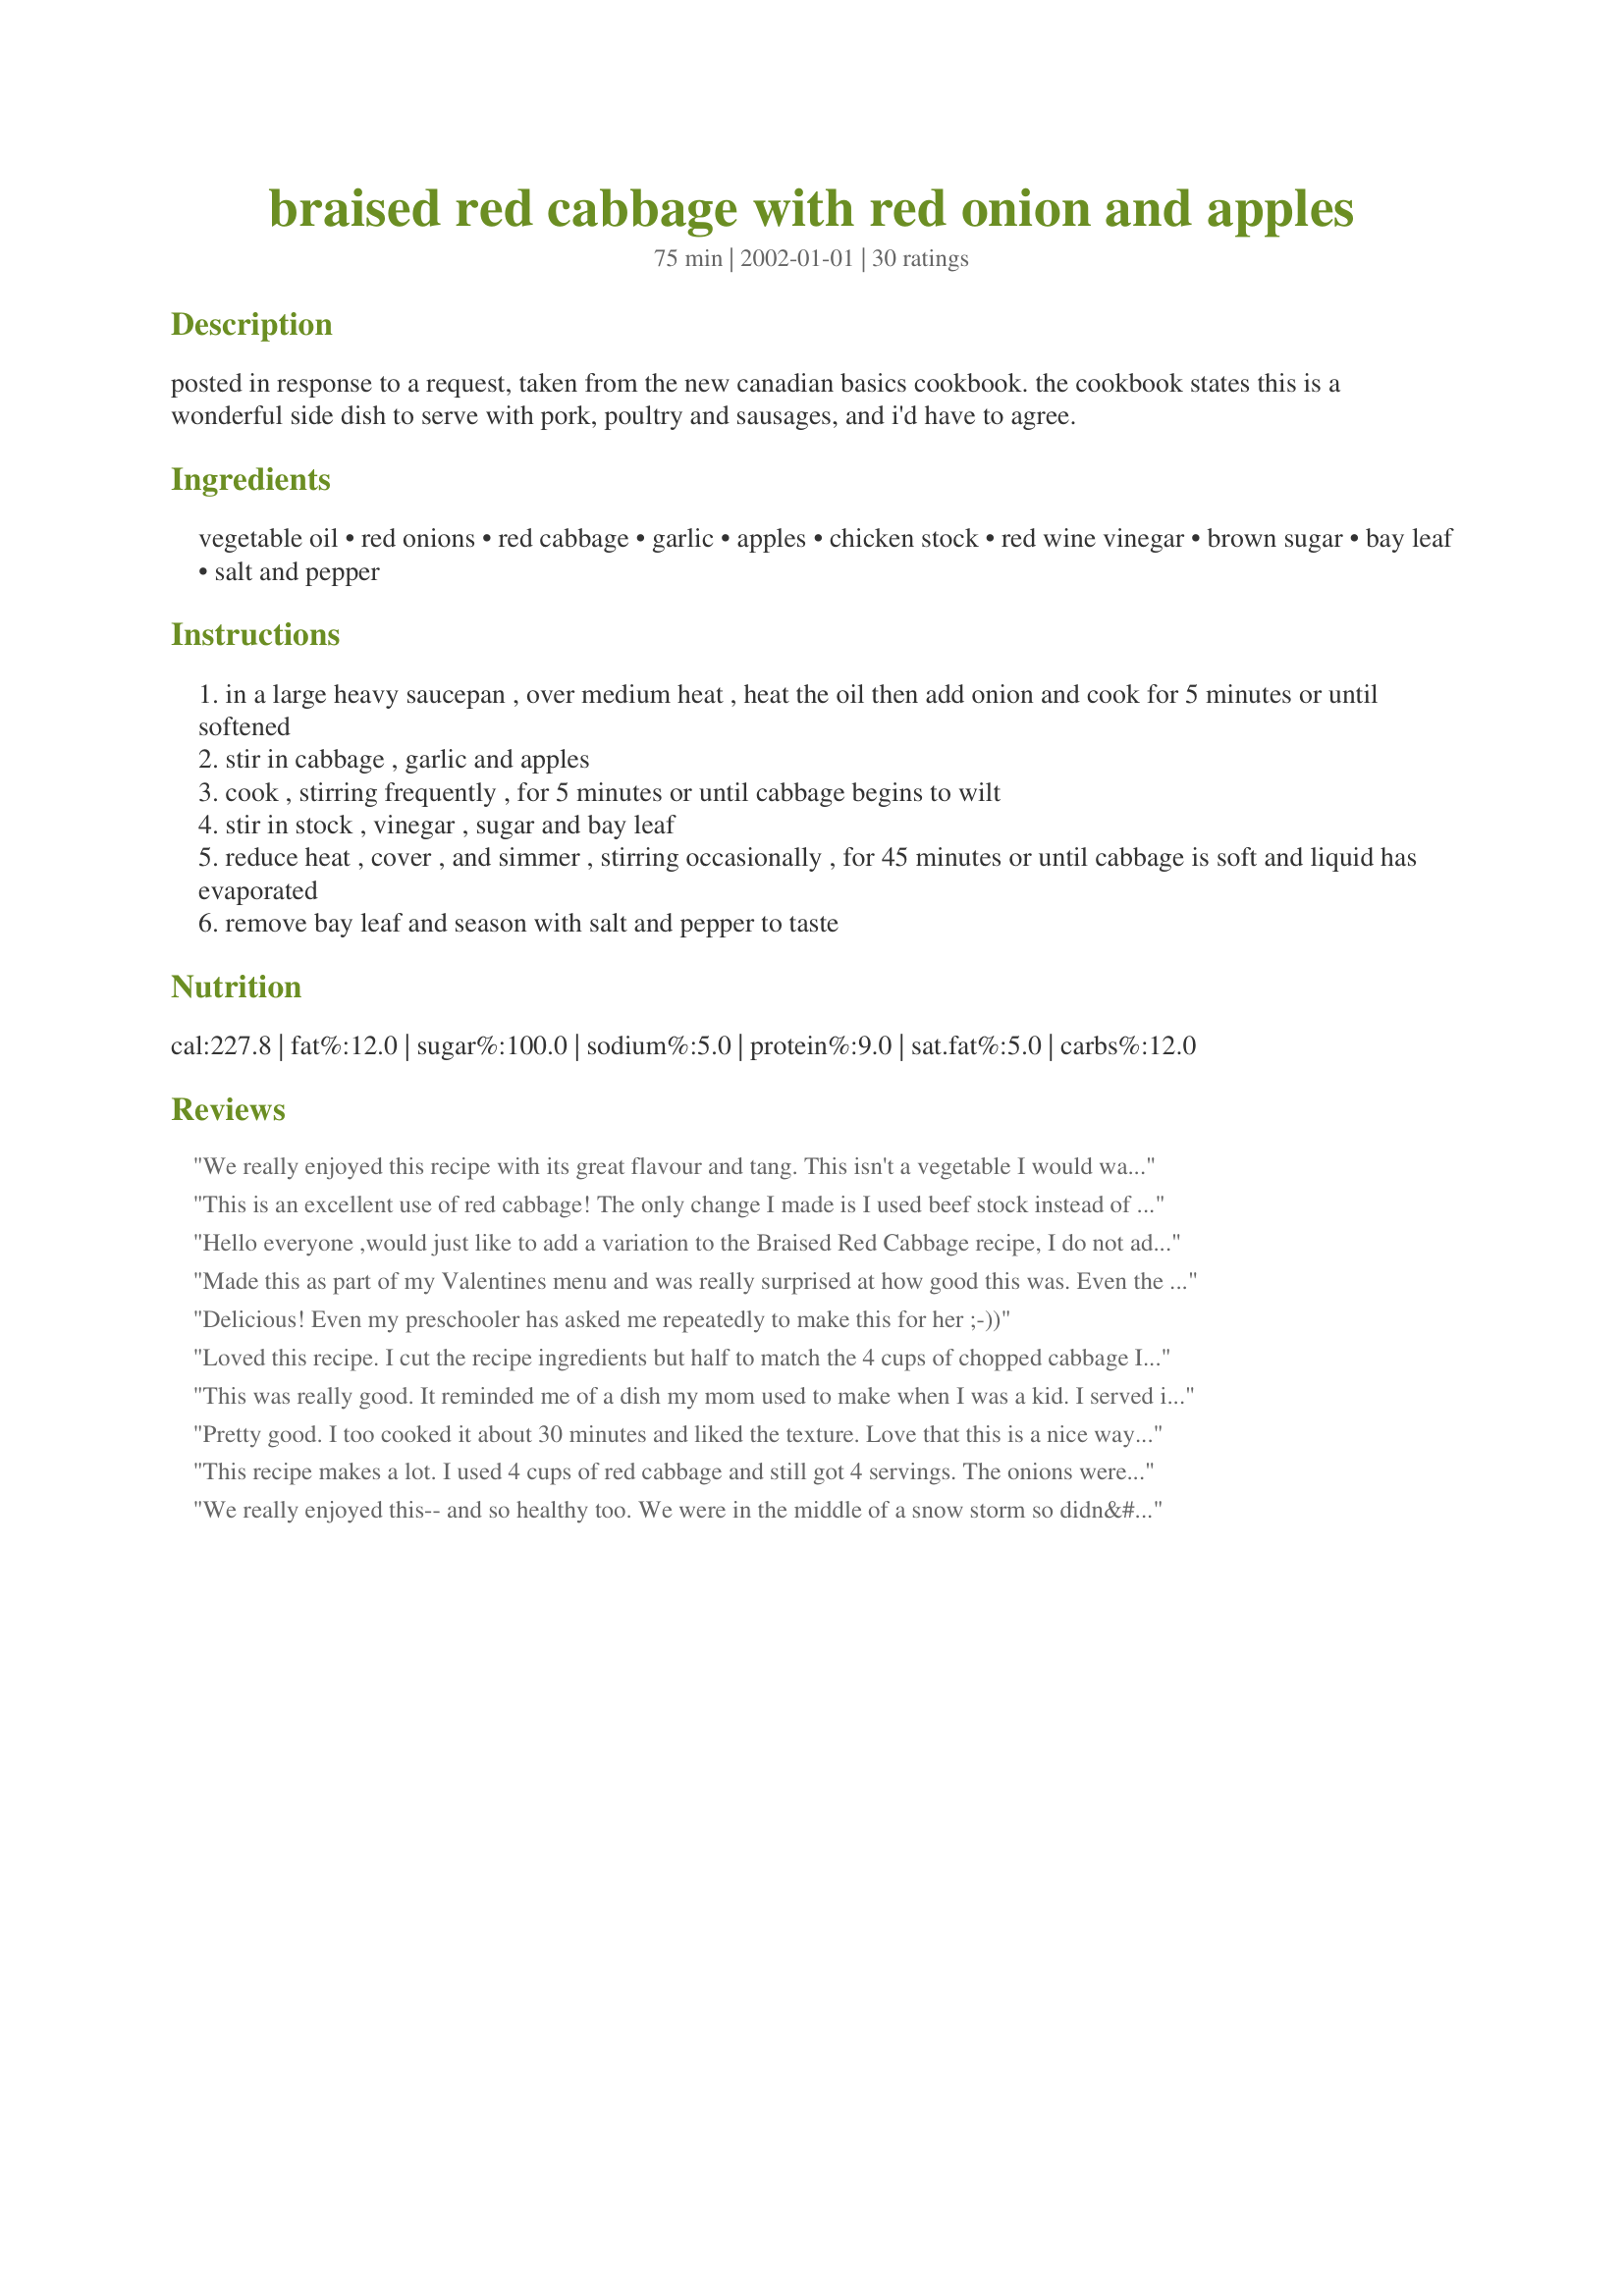
braised red cabbage with red onion and apples
Preparation time: 75 minutes

posted in response to a request, taken from the new canadian basics cookbook. the cookbook states this is a wonderful side dish to serve with pork, poultry and sausages, and i'd have to agree.

Ingredients:
vegetable oil, red onions, red cabbage, garlic, apples, chicken stock, red wine vinegar, brown sugar, bay leaf, salt and pepper

Steps:
in a large heavy saucepan , over medium heat , heat the oil then add onion and cook for 5 minutes or until softened
stir in cabbage , garlic and apples
cook , stirring frequently , for 5 minutes or until cabbage begins to wilt
stir in stock , vinegar , sugar and bay leaf
reduce heat , cover , and simmer , stirring occasionally , for 45 minutes or until cabbage is soft and liquid has evaporated
remove bay leaf and season with salt and pepper to taste

Reviews:
We really enjoyed this recipe with its great flavour and tang. This isn't a vegetable I would want to have every week but we certainly enjoyed the red cabbage.
This is an excellent use of red cabbage! The only change I made is I used beef stock instead of chicken (it's what we had on hand).
Thank you for posting!
Hello everyone ,would just like to add a variation to the Braised Red Cabbage recipe, I do not add garlic but I add to your taste peeled and diced green apple and the same with cranberry jam the amount varies with your taste ,if its too tarte add some sugar ,braise all the ingredients in a heavy based saucepan this includes the shredded red cabbage -diced green apples-cranberry jam -spanish onion,braise till all is tender if there is a little too much liquid I thicken with a small amount of cornflour ,give it a try and you will be amazed with the result I&#039;ve used this in my chef kitchen for years ,ps season as required thanks ---Nev D.
Made this as part of my Valentines menu and was really surprised at how good this was. Even the kids loved it which is saying something.
Delicious! Even my preschooler has asked me repeatedly to make this for her ;-))
Loved this recipe. I cut the recipe ingredients but half to match the 4 cups of chopped cabbage I had on hand. I used green cabbage and I added 1 large carrot, shreaded to the dish along with the onion. I found that the cook time, as listed, was way too long as mine was done in under 20 minutes.
This was really good. It reminded me of a dish my mom used to make when I was a kid. I served it with leftover turkey but next time will be with a pork roast or sausages. Good recipe!
Pretty good. I too cooked it about 30 minutes and liked the texture. Love that this is a nice way to get a red/purple veggie in your diet. Thanks for sharing!
This recipe makes a lot. I used 4 cups of red cabbage and still got 4 servings. The onions were thinly sliced and the apple was washed and cored but the skin left on. The dish was cooked for about 30 minutes with some bite left in the cabbage. The dish has a touch of sweetness which went really well with Recipe #137575. I plan on making this again.
We really enjoyed this-- and so healthy too. We were in the middle of a snow storm so didn&#039;t have apples so I used dried cranberries and dried prunes diced up. Came out well. I will make this again. Thank you.
This was simply fabulous! My husband and I are on the South Beach Diet (Phase one) and I made this for super tonight. I omitted the fruit since we are not allowed to have any yet and replaced the sugar with Splenda. Super Yummy! Definately a keeper! Can't wait to try this with apples!
This is delicious. I used yellow onion as this is all I had, and it worked well.
I made this recipe as posted, and found it to be a bit bland for my family. I searched my fridge and found some cranberry salsa, added another apple, a bit more splenda , and voila a delicious dish Thanks so much for the basic recipe.We will be enjoying this dish for a longtime to come. With the cranberries it could make it to the Thanksgiving table.
this was really good, though i did make a few ingredient changes. i have a thing against red cabbage, not sure why, but i used green cabbage and sweet onion. i also used 1T veg oil and 1T bacon drippings. used cider vinegar, but will probably use the red wine vinegar next time (maybe a little less too), as well as omit sugar. not sure if it has to do w/ the cabbage choice, but it's just too sweet for me. Overall very good though and i'll definitely make it again, maybe make a meal out of it by adding in some of my homemade sausages. MMMmmmmm..... :)
This came out great! I followed the recipe exactly and it was wonderful!!! Thanks.
This is a great recipe - only change I made was adding a couple of pieces of crumbled bacon - my sister-in-law used to make it many years ago and she used bacon with a little pit of bacon grease (today that's probably not a good idea)! Oh, and try adding balsemic vinegar in place of the red wine - gives it a better sweet/sour taste. Anyway, my husband loved it - we ate all of it in one sitting!!!!
i didn't have any apples or red wine vinegar, so what i used instead was cider vinegar. i also used molasses instead of sugar.

it was SOOO good. i made it for 4 and have left overs. can't wait to eat it again.
Not normally my favorite dish (just not a big red cabbage fan), but I still enjoyed it. My other half ate it up and asked for seconds.
This recipe filled the kitchen with fabulous aromas,looked great in the serving dish and is a big taste hit with our family. Didn't have bay leaf so we used caraway seeds instead which worked great. thanks!
This is a great basic recipe! Lots of substitutions are possible. I added extra apples for sweetness instead of sugar. Also used apple cider vinegar. It made me think of Germany. Next time I&#039;ll add 1/4 to 1/2 tsp each of ground cloves, nutmeg, and cinnamon. Served it with half whole wheat/half white flour Spaetzle dumplings and chicken bratwurst.
My daughter wanted to make this dish after having something similar at Oktoberfest at Busch Gardens. Even the family members who don&#039;t like sauerkraut enjoyed it! Very easy to prepare...once all the chopping is done. :) Thanks for sharing it!
Pretty darn good
I used Splenda and bacon fat. Next time try a bit of soy sauce. That livens it up a bit and enhances the cabbage flavor
I love this side dish! I have to admit that I used the regular green cabbage as I had a ton of it but it didn't seem to affect the quality of the recipe! I made enough for 2 and both DH and I agreed that it was delicious. Very easy instructions and simple ingredients make a great dish! Thanks Lennie....I've put this in my repeat file !
This was really good and easy. I had it as a side dish to the Chipotle Pork Roast. It was a tasty combination. It would be good with any pork roast. I will definately keep this one.
I halved this recipe with good success and found that it had the perfect balance of sweet and sour. The only change I made was to cut back on the oil without a problem. Thank you Lenny for sharing the recipe.
This was fantastic! I made a crock pot version about a week or so ago.. but I wanted to try this since I didnt have all day. This came out fabulous and there wasnt too much left over either.. We have converted a friend who had never had Red Cabbage before and he will soon be making this himself. Thank you for a fabulosu recipe!
Our local super had a sale on red cabbage and I decided to try this recipe last night. I can highly recommend it, and this will be added to my recipe list. Very flavorful combination including the chicken stock, wine, and brown sugar. Since I'm a garlic lover, I added a couple extra cloves of garlic. Easy, flavorful side dish. Thanks, Lennie!
Nice and simple and very healthy! Not too sweet. Next time I might try it with a tad more brown sugar and vinegar. Thanks Lennie
Very good. I only cooked the cabbage 30 min. & it was fine since I like it with a little "bite". Used half the amount of Splenda brown sugar & the sweetness was perfect. Great with pork chops & roasted root veggies.
This was wonderful!!! I had never used red cabbage before, and this recipe was recommended by a friend. Thank you dear friend. First, I had a smallish head of cabbage, and so I cut down slightly on the onion. I did the rest as the recipe suggested, and I have LOTS of liquid left in the pan, but I won't cook any longer (think it's been on over an hour now). Excellent flavor. The only thing I will change next time is to probably get a little bigger head of cabbage. I used Fuji apples. This is going to be an absolute favorite recipe.
